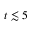
t \lesssim 5